Scottish Leaving Certificate Examination, 1955
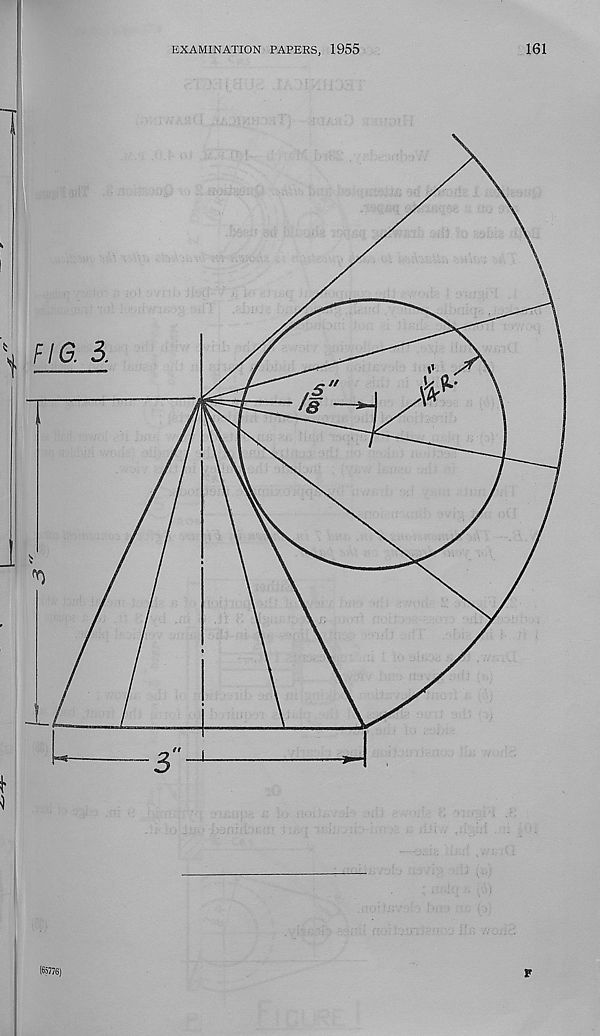
EXAMINATION PAPERS, 1955
161
t FIG. 3.
5
'8
(65776)